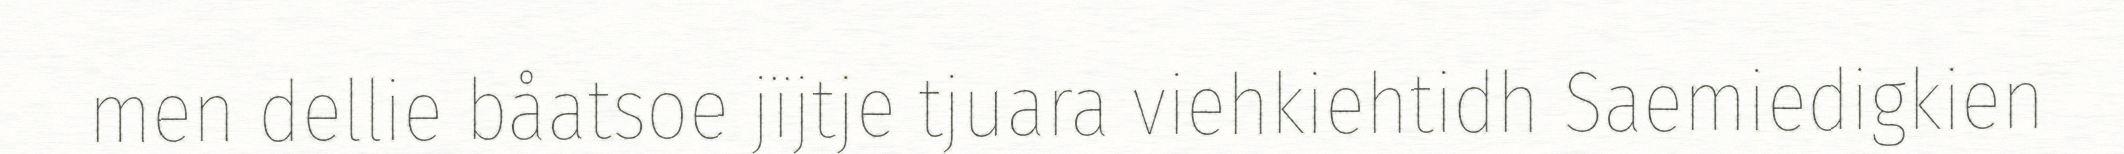
men dellie båatsoe jïjtje tjuara viehkiehtidh Saemiedigkien